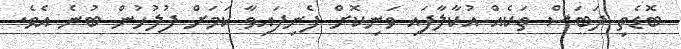
ބޮޑެތި ދަބަސް ތަކެއް އުކާލާފައި ވަނިކޮށް ފެނިފައިވާ ކަމަށް ފުލުހުން ބުނެ އެވެ.